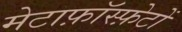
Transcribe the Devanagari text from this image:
मेटाफ़ॉस्फ़ेटों